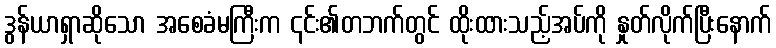
ဒွန်ယာရှာဆိုသော အစေခံမကြီးက ၎င်း၏တဘက်တွင် ထိုးထားသည့်အပ်ကို နှုတ်လိုက်ပြီးနောက်